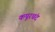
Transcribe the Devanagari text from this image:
कपूरचंद